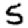
Digit: 5